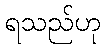
ရသည်ဟု